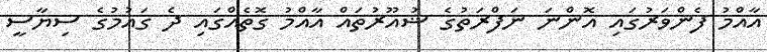
އާއްމު ފެންވަރުގައި އޮންނަ ނަފްރަތުގެ ޝުއޫރުތައް އާއްމު ގޮތެއްގައި ދެ ގައުމުގެ ސިޔާސީ